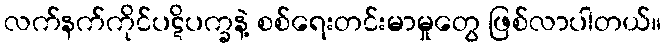
လက်နက်ကိုင်ပဋိပက္ခနဲ့ စစ်ရေးတင်းမာမှုတွေ ဖြစ်လာပါတယ်။